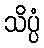
သိပ္ပံ